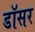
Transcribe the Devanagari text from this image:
डॉसर